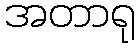
အတာရု